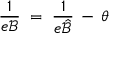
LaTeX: \frac { 1 } { e { \mathcal B } } \; = \; \frac { 1 } { e { \hat { \mathcal B } } } \, - \, \theta